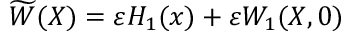
\widetilde { W } ( X ) = \varepsilon H _ { 1 } ( x ) + \varepsilon W _ { 1 } ( X , 0 )